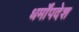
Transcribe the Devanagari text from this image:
धर्मोंपदेश